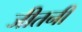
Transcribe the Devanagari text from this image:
जीतनी